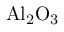
\mathrm { { A l } _ { 2 } \mathrm { { O } _ { 3 } } }